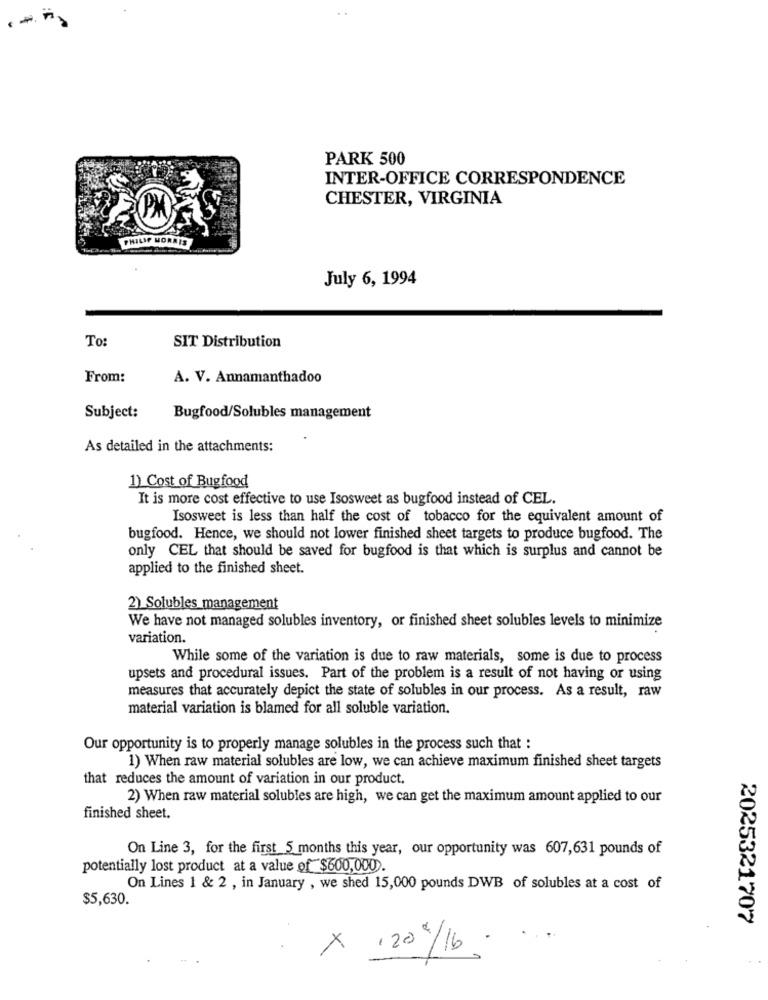
PARK 500
INTER-OFFICE CORRESPONDENCE
CHESTER, VIRGINIA
PHILIP MORRIS
July 6, 1994
SIT Distribution
To:
From:
A. V. Annamanthadoo
Subject:
Bugfood/Solubles management
As detailed in the attachments:
1) Cost of Bugfood
It is more cost effective to use Isosweet as bugfood instead of CEL.
Isosweet is less than half the cost of tobacco for the equivalent amount of
bugfood. Hence, we should not lower finished sheet targets to produce bugfood. The
only CEL that should be saved for bugfood is that which is surplus and cannot be
applied to the finished sheet.
2) Solubles management
We have not managed solubles inventory, or finished sheet solubles levels to minimize
variation.
While some of the variation is due to raw materials, some is due to process
upsets and procedural issues. Part of the problem is a result of not having or using
measures that accurately depict the state of solubles in our process. As a result, raw
material variation is blamed for all soluble variation.
Our opportunity is to properly manage solubles in the process such that :
1) When raw material solubles are low, we can achieve maximum finished sheet targets
that reduces the amount of variation in our product.
2) When raw material solubles are high, we can get the maximum amount applied to our
finished sheet.
On Line 3, for the first_5 months this year, our opportunity was 607,631 pounds of
potentially lost product at a value of $600,000).
On Lines 1 & 2 , in January , we shed 15,000 pounds DWB of solubles at a cost of
$5,630.
2025321707
x 120 5/16.